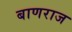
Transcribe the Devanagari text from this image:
बाणराज